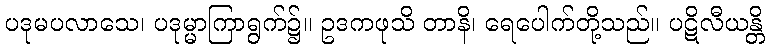
ပဒုမပလာသေ၊ ပဒုမ္မာကြာရွက်၌။ ဥဒကဖုသိ တာနိ၊ ရေပေါက်တို့သည်။ ပဋိလီယန္တိ